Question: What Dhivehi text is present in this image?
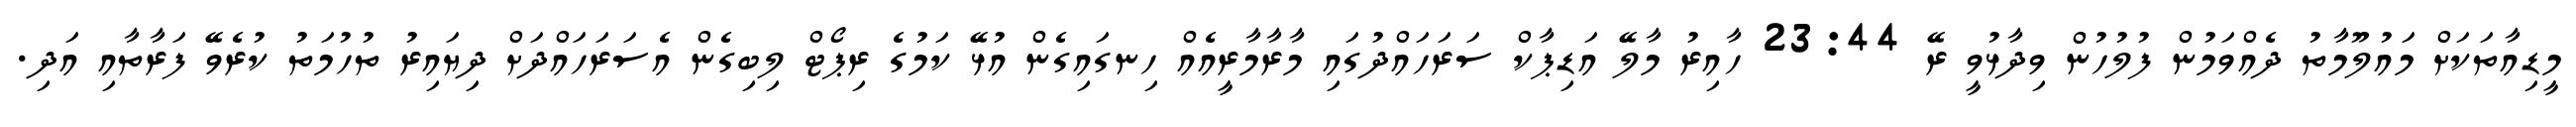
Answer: މީޑިއާތަކަށް މައުލޫމާތު ދެއްވަމުން ފުލުހުން ވިދާޅުވީ ރޭ 23:44 ހާއިރު މާލޭ އަޑިޕާކް ސަރަހައްދުގައި މާރާމާރީއެއް ހިނގައިގެން އުޅޭ ކަމުގެ ރިޕޯޓް ލިބިގެން އެސަރަހައްދަށް ދިޔައިރު ތުހުމަތު ކުރެވޭ ފަރާތާއި އަދި.